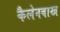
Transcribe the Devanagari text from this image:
कैलेनबाख